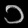
Digit: ၁